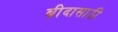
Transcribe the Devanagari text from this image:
ब्रीदासाठी